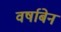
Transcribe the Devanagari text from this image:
वर्षाबेन